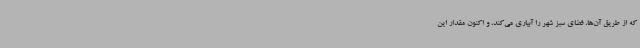
که از طریق آن‌ها، فضای سبز شهر را آبیاری می‌کند، و اکنون مقدار این